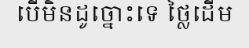
បើមិនដូច្នោះទេ ថ្លៃដើម